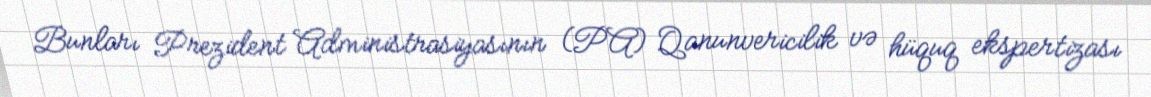
Bunları Prezident Administrasiyasının (PA) Qanunvericilik və hüquq ekspertizası